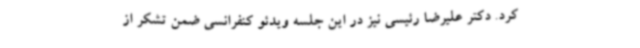
کرد. دکتر علیرضا رئیسی نیز در این جلسه ویدئو کنفرانسی ضمن تشکر از